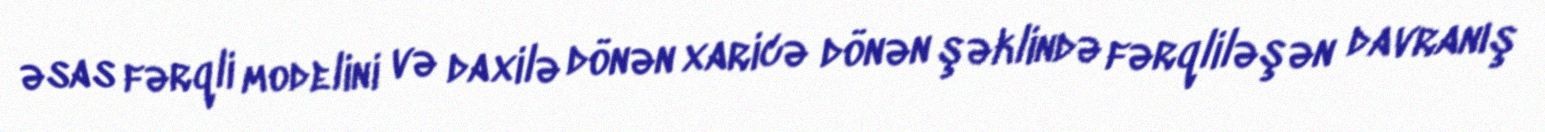
əsas fərqli modelini və daxilə dönən xaricə dönən şəklində fərqliləşən davranış